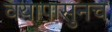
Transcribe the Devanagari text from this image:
वयापासुनच